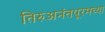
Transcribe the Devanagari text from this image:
तिरुअनंतपूरमच्या